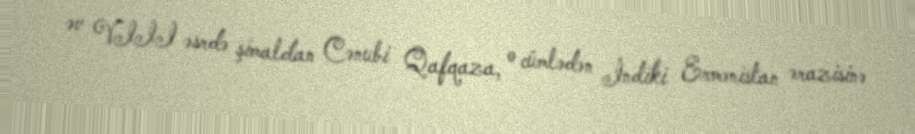
əv VIII əsrdə şimaldan Cənubi Qafqaza, o cümlədən İndiki Ermənistan ərazisinə